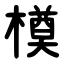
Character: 橂